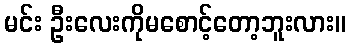
မင်း ဦးလေးကိုမစောင့်တော့ဘူးလား။